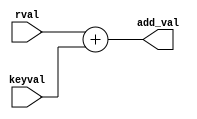

module add_oper (
    input [127:0] rval,
    input [127:0] keyval,
    output wire [127:0] add_val
);
    assign add_val = rval + keyval;
endmodule